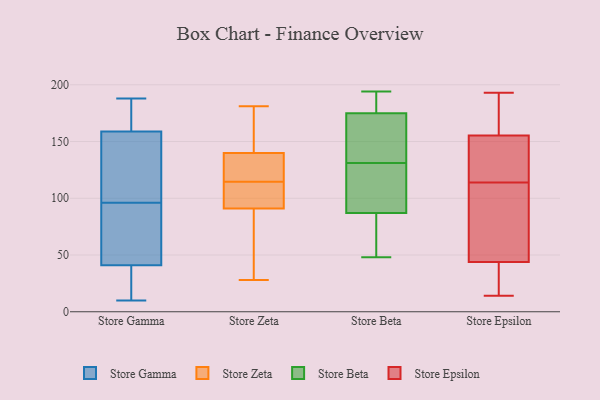
{"axis": {"x": "Conversion Rate (%)", "y": "Value"}, "legend": ["Store Beta", "Store Epsilon", "Store Gamma", "Store Zeta"], "data": [{"x": "", "y": 156, "type": "Store Gamma"}, {"x": "", "y": 55, "type": "Store Gamma"}, {"x": "", "y": 91, "type": "Store Gamma"}, {"x": "", "y": 150, "type": "Store Gamma"}, {"x": "", "y": 96, "type": "Store Gamma"}, {"x": "", "y": 30, "type": "Store Gamma"}, {"x": "", "y": 14, "type": "Store Gamma"}, {"x": "", "y": 130, "type": "Store Gamma"}, {"x": "", "y": 43, "type": "Store Gamma"}, {"x": "", "y": 167, "type": "Store Gamma"}, {"x": "", "y": 35, "type": "Store Gamma"}, {"x": "", "y": 122, "type": "Store Gamma"}, {"x": "", "y": 10, "type": "Store Gamma"}, {"x": "", "y": 180, "type": "Store Gamma"}, {"x": "", "y": 178, "type": "Store Gamma"}, {"x": "", "y": 188, "type": "Store Gamma"}, {"x": "", "y": 47, "type": "Store Gamma"}, {"x": "", "y": 181, "type": "Store Zeta"}, {"x": "", "y": 140, "type": "Store Zeta"}, {"x": "", "y": 28, "type": "Store Zeta"}, {"x": "", "y": 75, "type": "Store Zeta"}, {"x": "", "y": 132, "type": "Store Zeta"}, {"x": "", "y": 114, "type": "Store Zeta"}, {"x": "", "y": 115, "type": "Store Zeta"}, {"x": "", "y": 181, "type": "Store Zeta"}, {"x": "", "y": 91, "type": "Store Zeta"}, {"x": "", "y": 99, "type": "Store Zeta"}, {"x": "", "y": 83, "type": "Store Beta"}, {"x": "", "y": 166, "type": "Store Beta"}, {"x": "", "y": 112, "type": "Store Beta"}, {"x": "", "y": 66, "type": "Store Beta"}, {"x": "", "y": 93, "type": "Store Beta"}, {"x": "", "y": 194, "type": "Store Beta"}, {"x": "", "y": 180, "type": "Store Beta"}, {"x": "", "y": 176, "type": "Store Beta"}, {"x": "", "y": 191, "type": "Store Beta"}, {"x": "", "y": 85, "type": "Store Beta"}, {"x": "", "y": 132, "type": "Store Beta"}, {"x": "", "y": 172, "type": "Store Beta"}, {"x": "", "y": 104, "type": "Store Beta"}, {"x": "", "y": 131, "type": "Store Beta"}, {"x": "", "y": 48, "type": "Store Beta"}, {"x": "", "y": 38, "type": "Store Epsilon"}, {"x": "", "y": 168, "type": "Store Epsilon"}, {"x": "", "y": 61, "type": "Store Epsilon"}, {"x": "", "y": 170, "type": "Store Epsilon"}, {"x": "", "y": 159, "type": "Store Epsilon"}, {"x": "", "y": 193, "type": "Store Epsilon"}, {"x": "", "y": 127, "type": "Store Epsilon"}, {"x": "", "y": 25, "type": "Store Epsilon"}, {"x": "", "y": 76, "type": "Store Epsilon"}, {"x": "", "y": 14, "type": "Store Epsilon"}, {"x": "", "y": 111, "type": "Store Epsilon"}, {"x": "", "y": 144, "type": "Store Epsilon"}, {"x": "", "y": 114, "type": "Store Epsilon"}, {"x": "", "y": 19, "type": "Store Epsilon"}, {"x": "", "y": 137, "type": "Store Epsilon"}]}